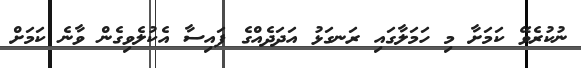
ނުކުރެވޭ ކަމަށާ މި ހަމަލާގައި ރަނގަޅު އަދަދެއްގެ ފައިސާ އެކުލެވިގެން ވާނެ ކަމަށް